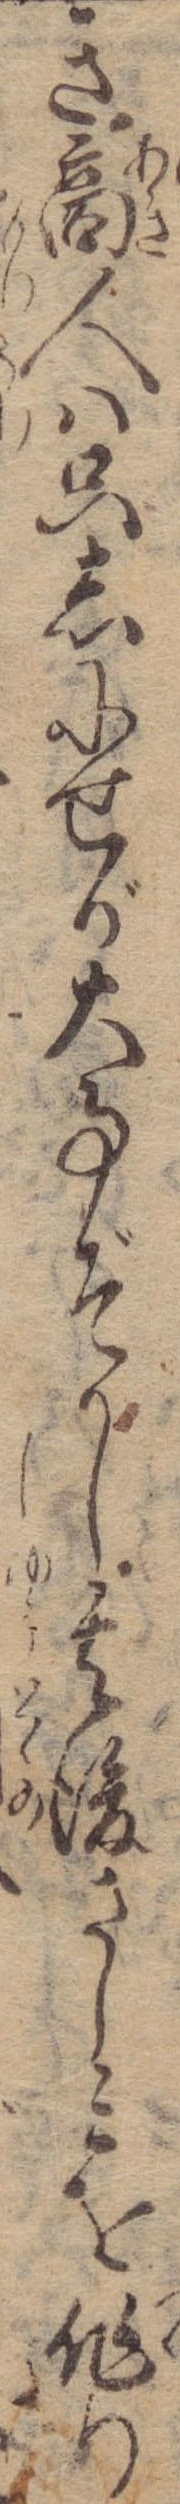
き商人は只しにせが大事ぞかし其後さしみを作り